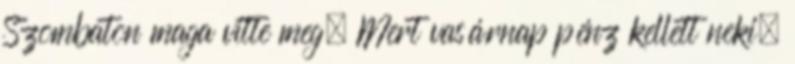
Szombaton maga vitte meg. Mert vasárnap pénz kellett neki.